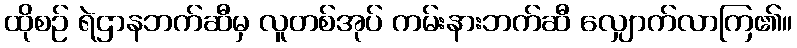
ထိုစဉ် ရဲဌာနဘက်ဆီမှ လူတစ်အုပ် ကမ်းနားဘက်ဆီ လျှောက်လာကြ၏။